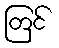
တြင်